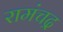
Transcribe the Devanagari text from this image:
रामंचद्र